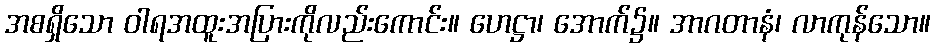
အစရှိသော ဝါရအထူးအပြားကိုလည်းကောင်း။ ဟေဋ္ဌာ၊ အောက်၌။ အာဂတာနံ၊ လာကုန်သော။